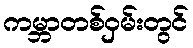
ကမ္ဘာတစ်ဝှမ်းတွင်